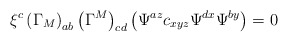
\begin{align*}\xi ^{c}\left( \Gamma _{M}\right) _{ab}\left( \Gamma ^{M}\right) _{cd}\left(\Psi ^{az}c_{xyz}\Psi ^{dx}\Psi ^{by}\right) =0 \end{align*}